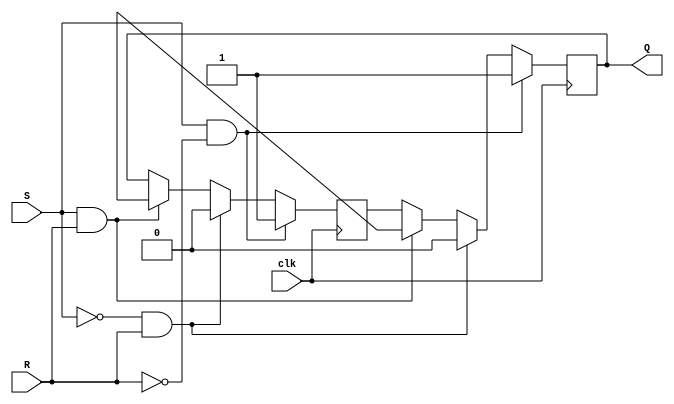
module sr_ff (
    input S,
    input R,
    input clk,
    output reg Q
);

reg Q_master, Q_slave;

always @(posedge clk) begin
    if (S && !R) begin
        Q_master <= 1'b1;
        Q_slave <= 1'b1;
    end else if (!S && R) begin
        Q_master <= 1'b0;
        Q_slave <= 1'b0;
    end else if (S && R) begin
        Q_master <= 1'bx;
        Q_slave <= 1'bx;
    end else begin
        Q_master <= Q_slave;
        Q_slave <= Q_master;
    end
end

assign Q = Q_slave;

endmodule